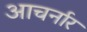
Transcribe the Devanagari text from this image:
आचर्नार